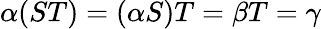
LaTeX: \alpha(ST)=(\alpha S)T=\beta T=\gamma